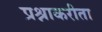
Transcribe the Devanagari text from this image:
प्रश्नाकरीता